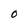
Character: 0